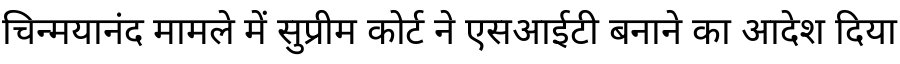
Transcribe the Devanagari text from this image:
चिन्मयानंद मामले में सुप्रीम कोर्ट ने एसआईटी बनाने का आदेश दिया